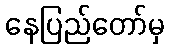
နေပြည်တော်မှ